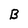
Character: B